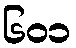
၆၀၁